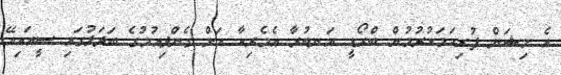
އެ މިޝަން ފުރިހަމަކުރުމުން ބްރޯޑީ އަނބުރާ އެމެރިކާ އަށް ގެންދިއުމުގެ ބަދަލުގައި ސީއައިއޭ